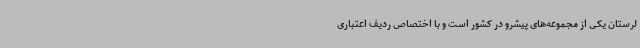
لرستان یکی از مجموعه‌های پیشرو در کشور است و با اختصاص ردیف اعتباری